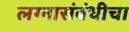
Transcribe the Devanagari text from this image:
लग्नासंबंधीचा